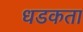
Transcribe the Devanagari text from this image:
धडकता